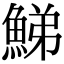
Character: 鮷